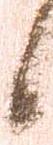
候